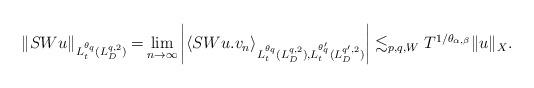
LaTeX: \begin{align*}\begin{aligned} \|SWu\|_{L_t^{\theta_q}(L^{q,2}_D)}=&\lim_{n\rightarrow\infty}\left|\left<SWu.v_n\right>_{L_t^{\theta_q}(L^{q,2}_D),L_t^{\theta_q'}(L^{q',2}_D)}\right|\lesssim_{p,q,W}T^{1/\theta_{\alpha,\beta}}\|u\|_X.\end{aligned}\end{align*}